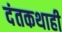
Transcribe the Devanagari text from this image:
दंतकथाही